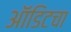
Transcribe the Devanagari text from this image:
ऑडिटचा